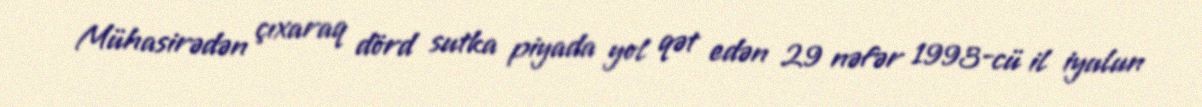
Mühasirədən çıxaraq dörd sutka piyada yol qət edən 29 nəfər 1993-cü il iyulun